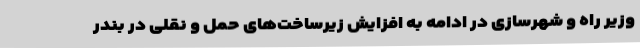
وزیر راه و شهرسازی در ادامه به افزایش زیرساخت‌های حمل و نقلی در بندر